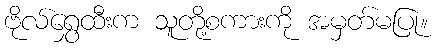
ဗိုလ်ရွှေထီးက သူတို့စကားကို အမှတ်မပြု။